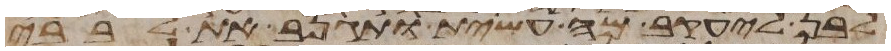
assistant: לבן ליעקב מה עשית ותגנב את לבבי